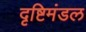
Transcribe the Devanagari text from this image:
दृष्टिमंडल